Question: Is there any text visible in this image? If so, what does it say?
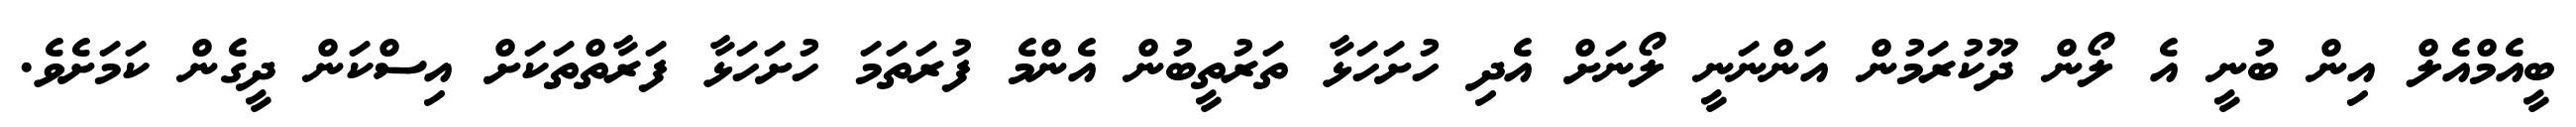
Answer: ބީއެމްއެލް އިން ބުނީ އެ ލޯން ދޫކުރަމުން އަންނަނީ ލޯނަށް އެދި ހުށަހަޅާ ތަރުތީބުން އެންމެ ފުރަތަމަ ހުށަހަޅާ ފަރާތްތަކަށް އިސްކަން ދީގެން ކަމަށެވެ.